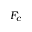
F _ { c }